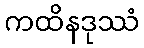
ကထိနဒုဿံ